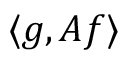
\langle g , A f \rangle